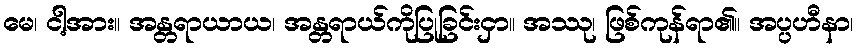
မေ၊ ငါ့အား။ အန္တရာယာယ၊ အန္တရာယ်ကိုပြုခြင်းငှာ။ အဿု၊ ဖြစ်ကုန်ရာ၏။ အပ္ပဟီနာ၊